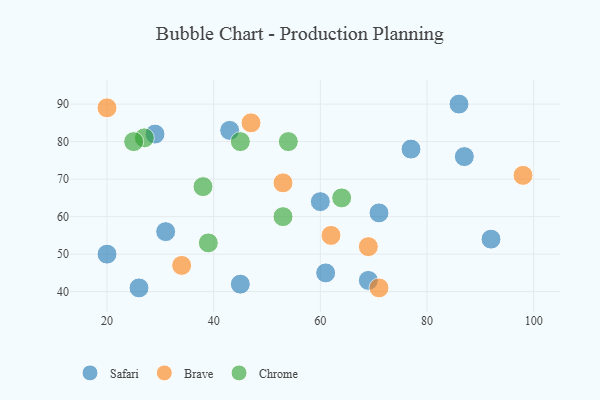
{"axis": {"x": "GDP", "y": "Life Expectancy"}, "legend": ["Brave", "Chrome", "Safari"], "data": [{"x": "77", "y": 78, "type": "Safari"}, {"x": "20", "y": 50, "type": "Safari"}, {"x": "87", "y": 76, "type": "Safari"}, {"x": "43", "y": 83, "type": "Safari"}, {"x": "45", "y": 42, "type": "Safari"}, {"x": "29", "y": 82, "type": "Safari"}, {"x": "92", "y": 54, "type": "Safari"}, {"x": "71", "y": 61, "type": "Safari"}, {"x": "26", "y": 41, "type": "Safari"}, {"x": "31", "y": 56, "type": "Safari"}, {"x": "60", "y": 64, "type": "Safari"}, {"x": "69", "y": 43, "type": "Safari"}, {"x": "61", "y": 45, "type": "Safari"}, {"x": "86", "y": 90, "type": "Safari"}, {"x": "53", "y": 69, "type": "Brave"}, {"x": "62", "y": 55, "type": "Brave"}, {"x": "34", "y": 47, "type": "Brave"}, {"x": "47", "y": 85, "type": "Brave"}, {"x": "69", "y": 52, "type": "Brave"}, {"x": "98", "y": 71, "type": "Brave"}, {"x": "20", "y": 89, "type": "Brave"}, {"x": "71", "y": 41, "type": "Brave"}, {"x": "39", "y": 53, "type": "Chrome"}, {"x": "53", "y": 60, "type": "Chrome"}, {"x": "27", "y": 81, "type": "Chrome"}, {"x": "45", "y": 80, "type": "Chrome"}, {"x": "38", "y": 68, "type": "Chrome"}, {"x": "25", "y": 80, "type": "Chrome"}, {"x": "64", "y": 65, "type": "Chrome"}, {"x": "54", "y": 80, "type": "Chrome"}]}